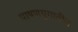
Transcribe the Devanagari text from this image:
पाषणयुगातील